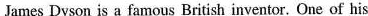
James Dyson is a famous British inventor. One of his